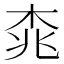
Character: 𣑯